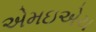
એમઇએચ